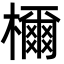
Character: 檷